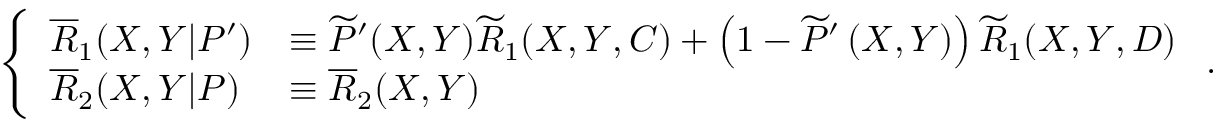
\left\{ \begin{array} { l l } { \overline { { R } } _ { 1 } ( X , Y | P ^ { \prime } ) } & { \equiv \widetilde { P } ^ { \prime } ( X , Y ) \widetilde { R } _ { 1 } ( X , Y , C ) + \left( 1 - \widetilde { P } ^ { \prime } \left( X , Y \right) \right) \widetilde { R } _ { 1 } ( X , Y , D ) } \\ { \overline { { R } } _ { 2 } ( X , Y | P ) } & { \equiv \overline { { R } } _ { 2 } ( X , Y ) } \end{array} \right. .